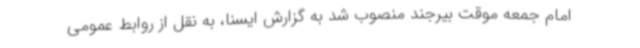
امام جمعه موقت بیرجند منصوب شد به گزارش ایسنا، به نقل از روابط عمومی